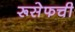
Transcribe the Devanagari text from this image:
रूसेफची